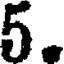
5.